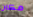
مكان